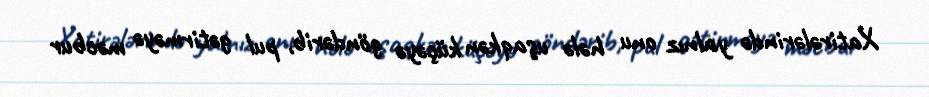
Xatirələrində yalnız onu hələ uşaqkən küçəyə göndərib, pul gətirməyə məcbur